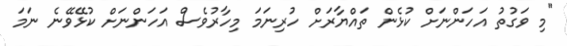
"މި ވަގުތު އަހަންނަށް ކުޅެން ތައްޔާރަށް ހުރިނަމަ މިހާރުވެސް އަހަންނަށް ކުޅޭވޭނެ ނަމަ